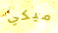
ميكي